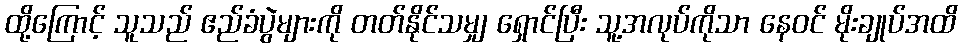
ထို့ကြောင့် သူသည် ဧည်ခံပွဲများကို တတ်နိုင်သမျှ ရှောင်ပြီး သူ့အလုပ်ကိုသာ နေဝင် မိုးချုပ်အထိ